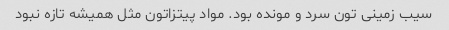
سیب زمینی تون سرد و مونده بود. مواد پیتزاتون مثل همیشه تازه نبود